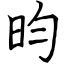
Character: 昀